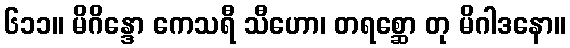
၆၁၁။ မိဂိန္ဒော ကေသရီ သီဟော၊ တရစ္ဆော တု မိဂါဒနော။